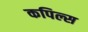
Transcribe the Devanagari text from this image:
कपिल्स